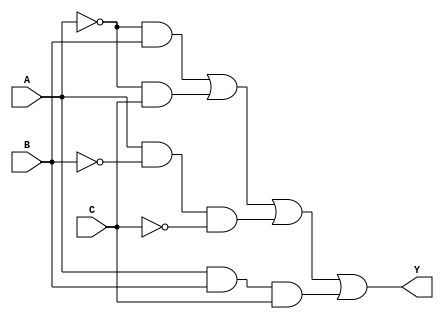
module three_variable_kmap (
    input wire A,      // Input A
    input wire B,      // Input B
    input wire C,      // Input C
    output wire Y      // Output Y
);

// The output Y is derived from the K-map simplification.
// According to the K-map layout, we can derive the following simplified expression:
// Y = A'B + A'C + AB'C + ABC

assign Y = (~A & B) | (~A & C) | (A & ~B & ~C) | (A & B & C);

endmodule